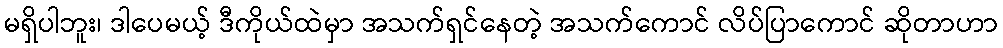
မရှိပါဘူး၊ ဒါပေမယ့် ဒီကိုယ်ထဲမှာ အသက်ရှင်နေတဲ့ အသက်ကောင် လိပ်ပြာကောင် ဆိုတာဟာ